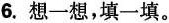
6.想一想，填一填。